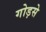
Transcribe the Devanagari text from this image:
गोड़से